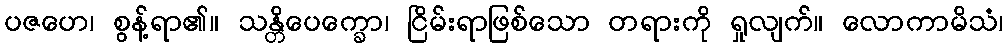
ပဇဟေ၊ စွန့်ရာ၏။ သန္တိပေက္ခော၊ ငြိမ်းရာဖြစ်သော တရားကို ရှုလျက်။ လောကာမိသံ၊